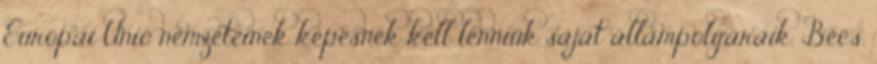
Európai Unió nemzeteinek képesnek kell lenniük saját állampolgáraik. Bécs.